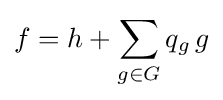
f=h+\sum _{g\in G}q_{g}\,g